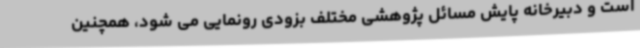
است و دبیرخانه پایش مسائل پژوهشی مختلف بزودی رونمایی می شود، همچنین